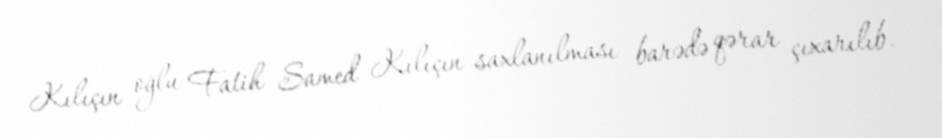
Kılıçın oğlu Fatih Samed Kılıçın saxlanılması barədə qərar çıxarılıb.